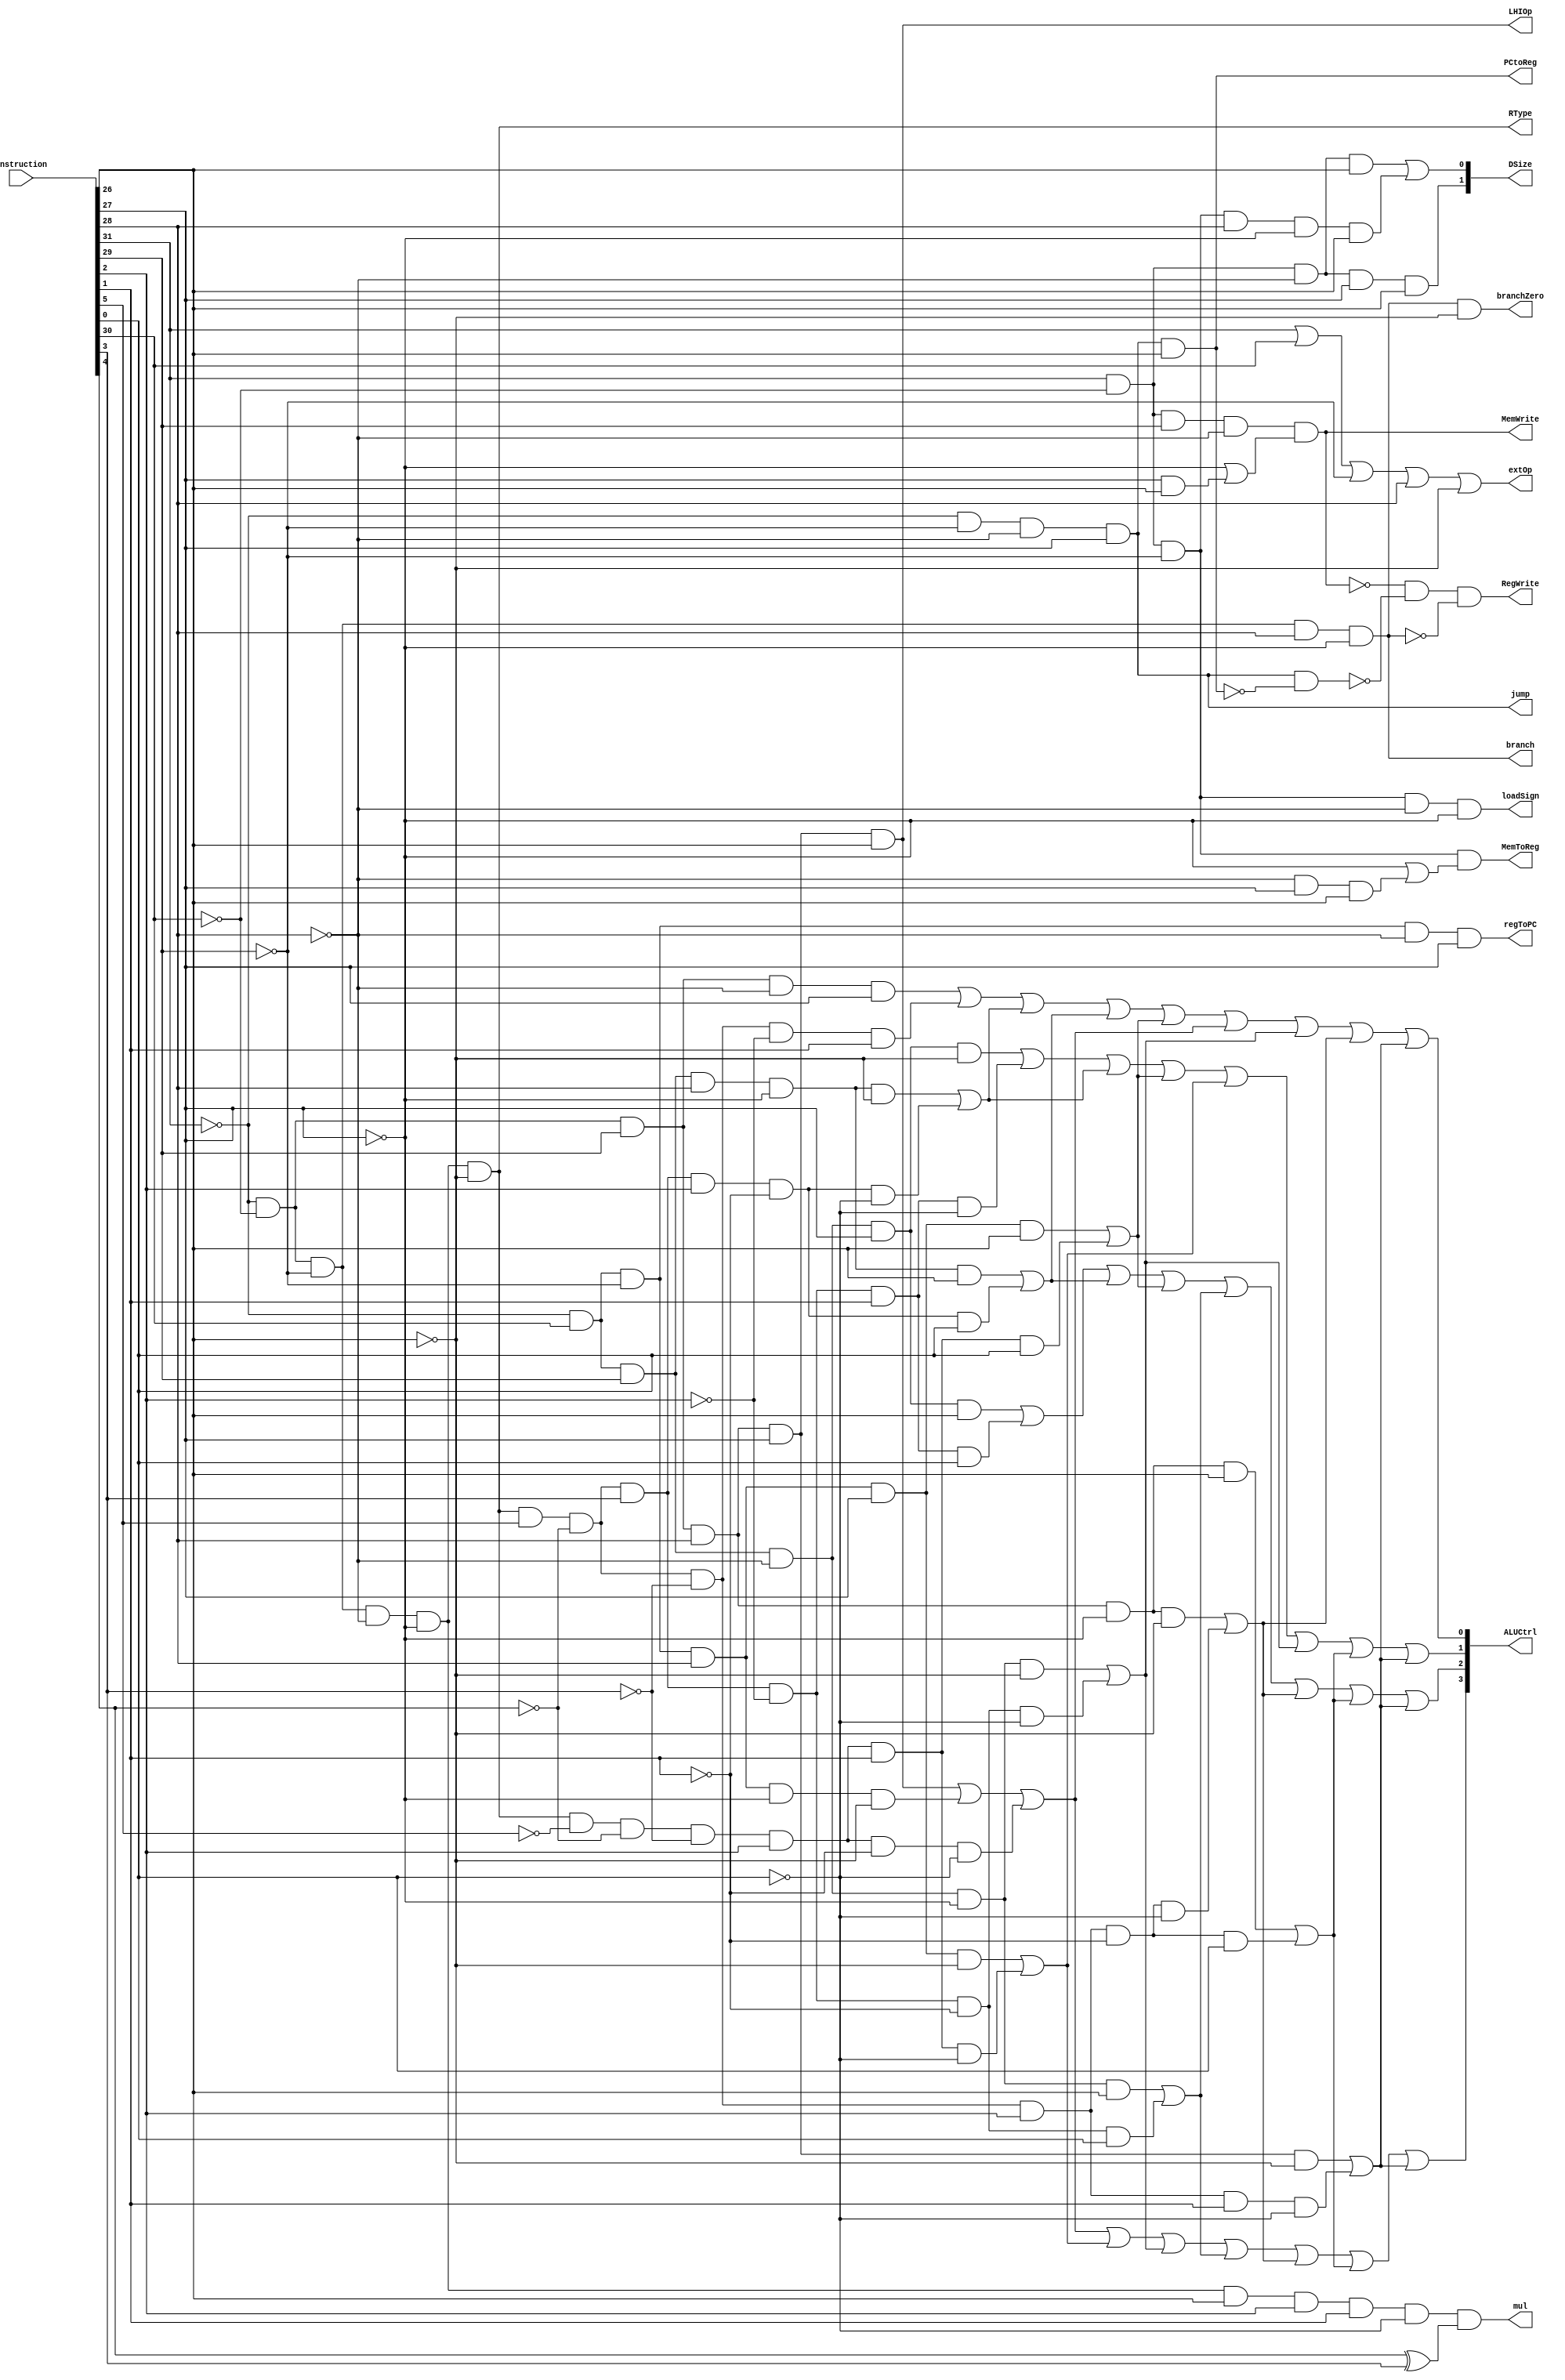
module control(
    instruction, //input
    //PC Logic Controls
    PCtoReg, 
    regToPC, 
    jump, 
    branch,
    branchZero, 
    //Register Controls
    RType, //inclues all RType instructions, replaces RegDst and ALUSrc in Datapath
    RegWrite, //all RTypes are included, plus JAL, JALR, LB, LH, LW, LBU, LHU
    //Data Memory Controls
    DSize,
    MemToReg, //all loads
    MemWrite, //all stores
    loadSign, //1 for LB and LH (for sign extend)
    //ALU/Execution Stage Controls
    ALUCtrl,
    mul,
    extOp, //0 for unsigned immediate instructions
    LHIOp //1 for LHI
);
    input [0:31] instruction;
    output PCtoReg, regToPC, jump, branch, branchZero, RType, RegWrite, MemToReg, MemWrite, mul, extOp, LHIOp,loadSign;
    output [0:1] DSize;
    output [0:3] ALUCtrl;
    
    //NOTE: for I-type instructions, rd is located where rs2 is located for R-type instructions
    //This will simply be called rs2 for the purposes of our processor
    wire [0:5] opcode, func;
    wire [0:4] fpfunc;
    wire [0:4] rs1, rs2, rd;
    wire [0:15] imm16;
    wire [0:25] imm26;
    wire FPRType, jumpNotLink;
    //wires for ALU controls below
    wire sub; //don't need an add wire, because add has ALU control 0000
    wire slt, sle, sgt, sge, seq, sne;
    wire sra, srl, sll;
    wire andwire, orwire, xorwire;
    
    assign opcode = instruction[0:5];
    assign func = instruction[26:31];
    assign fpfunc = instruction[27:31];
    assign rs1 = instruction[6:10];
    assign rs2 = instruction[11:15];
    assign rd = instruction[16:20];
    assign imm16 = instruction[16:31];
    assign imm26 = instruction[6:31];
    
    assign PCtoReg = (~opcode[0]) & (~opcode[2]) & (~opcode[3]) & opcode[4] & opcode[5];
    assign regToPC = (~opcode[0]) & opcode[1] & (~opcode[2]) & (~opcode[3]) & opcode[4];
    assign jump = (~opcode[0]) & (~opcode[2]) & (~opcode[3]) & opcode[4];
    assign branch = (~opcode[0]) & (~opcode[1]) & (~opcode[2]) & opcode[3] & (~opcode[4]);
    assign branchZero = branch & (~opcode[5]);
    assign jumpNotLink = jump & (~PCtoReg);
    assign RType = (~opcode[0]) & (~opcode[1]) & (~opcode[2]) & (~opcode[3]) & (~opcode[4]) & (~opcode[5]);
    assign FPRType = (~opcode[0]) & (~opcode[1]) & (~opcode[2]) & (~opcode[3]) & (~opcode[4]) & opcode[5]; //if opcode ==1
    assign RegWrite = (~MemWrite) & (~jumpNotLink) & (~branch);
    assign MemToReg = opcode[0] & (~opcode[1]) & (~opcode[2]) & ((~opcode[4]) | ((~opcode[3]) & opcode[4] & opcode[5]));
    assign MemWrite = opcode[0] & (~opcode[1]) & opcode[2] & (~opcode[3]) & ((~opcode[4]) | (opcode[4] & opcode[5]));
    assign loadSign = opcode[0] & (~opcode[1]) & (~opcode[2]) & (~opcode[3]) & (~opcode[4]);
    assign mul = FPRType & fpfunc[2] & fpfunc[3] & (~fpfunc[4]) & (fpfunc[0] ^ fpfunc[1]); //it's either 0x0e or 0x16
    assign extOp = opcode[0] | opcode[1] | (~opcode[2]) | opcode[3] | (~opcode[5]); //the opposite of the opcodes for ADDUI and SUBUI, so that it is zero for these operations
    assign LHIOp = (~opcode[0]) & (~opcode[1]) & opcode[2] & opcode[3] & opcode[4] & opcode[5];
    
    assign DSize[0] = opcode[0] & (~opcode[1]) & (~opcode[3]) & opcode[4] & opcode[5];
    assign DSize[1] = (opcode[0] & (~opcode[1]) & (~opcode[3]) & opcode[5]) | (opcode[0] & (~opcode[1]) & (~opcode[2]) & opcode[3] & (~opcode[4]) & opcode[5]);
    
    assign sub = ((~opcode[0]) & (~opcode[1]) & opcode[2] & (~opcode[3]) & opcode[4]) | (RType & func[0] & (~func[1]) & (~func[2]) & (~func[3]) & func[4]);
    assign slt = ((~opcode[0]) & opcode[1] & opcode[2] & (~opcode[3]) & opcode[4] & (~opcode[5])) | (RType & func[0] & (~func[1]) & func[2] & (~func[3]) & func[4] & (~func[5]));
    assign sle = ((~opcode[0]) & opcode[1] & opcode[2] & opcode[3] & (~opcode[4]) & (~opcode[5])) | (RType & func[0] & (~func[1]) & func[2] & func[3] & (~func[4]) & (~func[5]));
    assign sgt = ((~opcode[0]) & opcode[1] & opcode[2] & (~opcode[3]) & opcode[4] & opcode[5]) | (RType & func[0] & (~func[1]) & func[2] & (~func[3]) & func[4] & func[5]);
    assign sge = ((~opcode[0]) & opcode[1] & opcode[2] & opcode[3] & (~opcode[4]) & opcode[5]) | (RType & func[0] & (~func[1]) & func[2] & func[3] & (~func[4]) & func[5]);
    assign seq = ((~opcode[0]) & opcode[1] & opcode[2] & (~opcode[3]) & (~opcode[4]) & (~opcode[5])) | (RType & func[0] & (~func[1]) & func[2] & (~func[3]) & (~func[4]) & (~func[5]));
    assign sne = ((~opcode[0]) & opcode[1] & opcode[2] & (~opcode[3]) & (~opcode[4]) & opcode[5]) | (RType & func[0] & (~func[1]) & func[2] & (~func[3]) & (~func[4]) & func[5]);
    assign sra = ((~opcode[0]) & opcode[1] & (~opcode[2]) & opcode[3] & opcode[4] & opcode[5]) | (RType & (~func[0]) & (~func[1]) & (~func[2]) & func[3] & func[4] & func[5]);
    assign srl = ((~opcode[0]) & opcode[1] & (~opcode[2]) & opcode[3] & opcode[4] & (~opcode[5])) | (RType & (~func[0]) & (~func[1]) & (~func[2]) & func[3] & func[4] & (~func[5]));
    assign sll = ((~opcode[0]) & (~opcode[1]) & opcode[2] & opcode[3] & opcode[4] & opcode[5]) | ((~opcode[0]) & opcode[1] & (~opcode[2]) & opcode[3] & (~opcode[4]) & (~opcode[5])) | (RType & (~func[0]) & (~func[1]) & (~func[2]) & func[3] & (~func[4]) & (~func[5]));
    assign andwire = ((~opcode[0]) & (~opcode[1]) & opcode[2] & opcode[3] & (~opcode[4]) & (~opcode[5])) | (RType & func[0] & (~func[1]) & (~func[2]) & func[3] & (~func[4]) & (~func[5]));
    assign orwire = ((~opcode[0]) & (~opcode[1]) & opcode[2] & opcode[3] & (~opcode[4]) & opcode[5]) | (RType & func[0] & (~func[1]) & (~func[2]) & func[3] & (~func[4]) & func[5]);
    assign xorwire = ((~opcode[0]) & (~opcode[1]) & opcode[2] & opcode[3] & opcode[4] & (~opcode[5])) | (RType & func[0] & (~func[1]) & (~func[2]) & func[3] & func[4] & (~func[5]));
    
    assign ALUCtrl[0] = sll | srl | seq | sne | andwire | orwire | xorwire;
    assign ALUCtrl[1] = sgt | sge | sra | sne | andwire | orwire | xorwire;
    assign ALUCtrl[2] = slt | sle | sra | srl | seq | orwire | xorwire;
    assign ALUCtrl[3] = sub | sle | sge | sra | sll | seq | andwire | xorwire;
    
endmodule